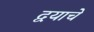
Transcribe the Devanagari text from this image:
द्वयाचे